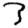
Digit: 3